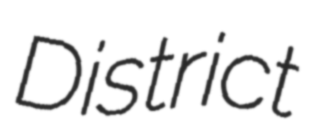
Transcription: District